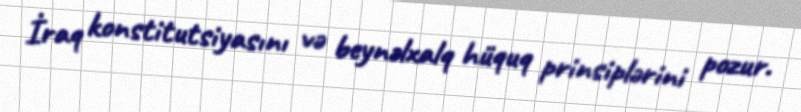
İraq konstitutsiyasını və beynəlxalq hüquq prinsiplərini pozur.